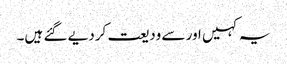
یہ کہیں اور سے ودیعت کردیے گئے ہیں۔